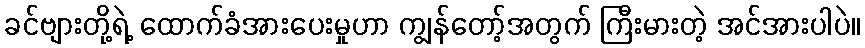
ခင်ဗျားတို့ရဲ့ ထောက်ခံအားပေးမှုဟာ ကျွန်တော့်အတွက် ကြီးမားတဲ့ အင်အားပါပဲ။